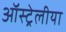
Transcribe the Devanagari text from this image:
ऑस्ट्रेलीया